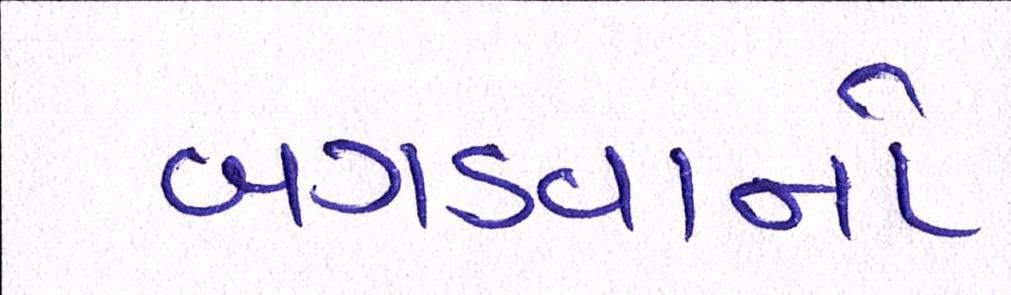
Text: બગડવાનો